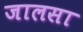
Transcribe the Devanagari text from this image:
जालसा